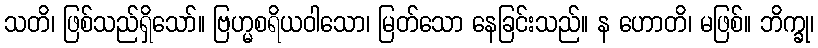
သတိ၊ ဖြစ်သည်ရှိသော်။ ဗြဟ္မစရိယဝါသော၊ မြတ်သော နေခြင်းသည်။ န ဟောတိ၊ မဖြစ်။ ဘိက္ခု၊